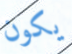
يكون